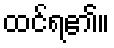
ထင်ရ၏။